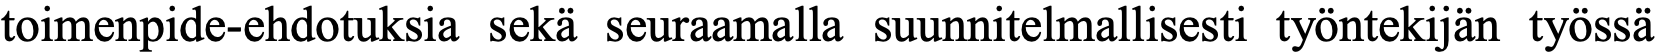
toimenpide-ehdotuksia sekä seuraamalla suunnitelmallisesti työntekijän työssä